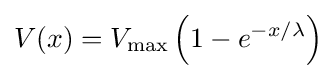
V(x)=V_{\max }\left(1-e^{-x/\lambda }\right)